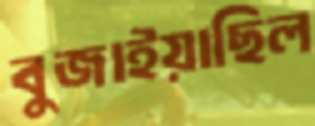
বুজাইয়াছিল